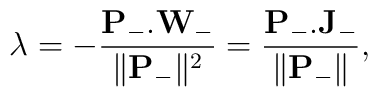
\lambda = - \frac{\mathbf{P}_- .\mathbf{W}_-}{\|\mathbf{P}_-\|^2} =  \frac{\mathbf{P}_-.\mathbf{J}_-}{\|\mathbf{P}_-\|},